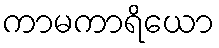
ကာမကာရိယော